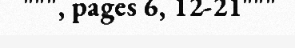
""", pages 6, 12-21"""